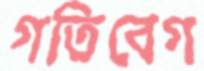
গতিবেগ